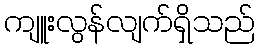
ကျူးလွန်လျက်ရှိသည်